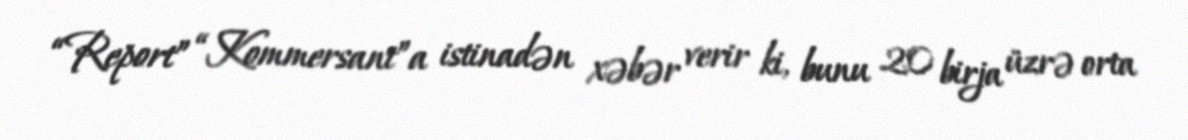
“Report” “Kommersant”a istinadən xəbər verir ki, bunu 20 birja üzrə orta